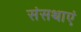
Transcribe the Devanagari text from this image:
संसथाएं